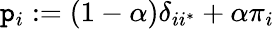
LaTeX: \mathtt{p}_{i}:=\left(1-\alpha\right)\delta_{ii^{*}}+\alpha\pi_{i}